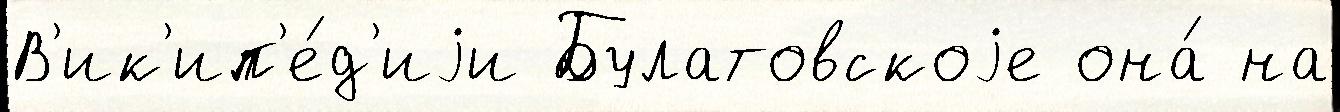
В'ик'ип'е́д'иjи Булатовскоjе она́ на